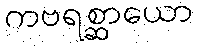
ကဗရစ္ဆာယော